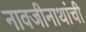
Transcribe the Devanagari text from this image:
नावजीनाथांची